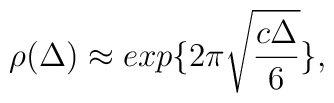
\rho(\Delta) \approx exp\{2 \pi \sqrt{ \frac{c\Delta}{6}}\},